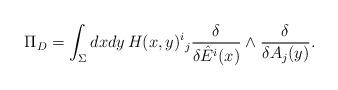
LaTeX: \begin{align*}\Pi_D = \int_\Sigma dx dy \, H(x,y)^i{}_j \frac{\delta}{\delta \hat E^i(x)} \wedge \frac{\delta}{\delta A_j(y)}.\end{align*}